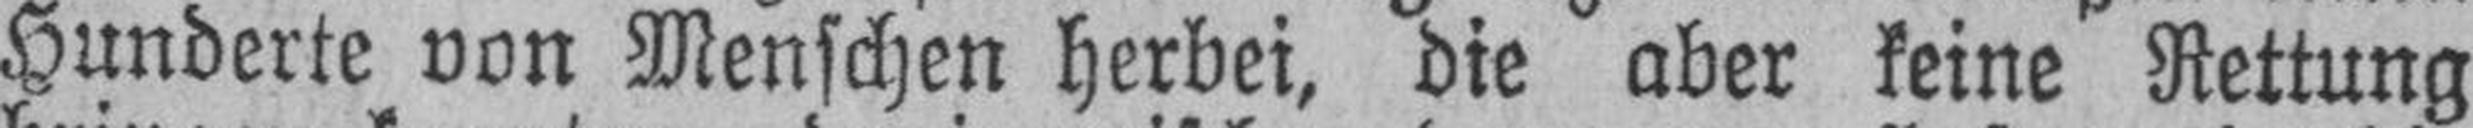
Hunderte von Menschen herbei, die aber keine Rettung